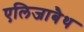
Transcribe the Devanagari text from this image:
एलिजाबैथ